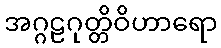
အဂ္ဂဠဂုတ္တိဝိဟာရော